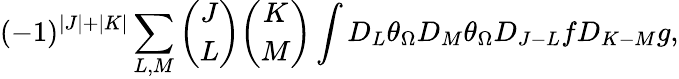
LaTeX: (-1)^{|J|+|K|}\sum_{L,M}{\binom{J}{L}}{\binom{K}{M}}\int D_{L}\theta_{\Omega}D_{M}\theta_{\Omega}D_{J-L}fD_{K-M}g,